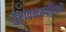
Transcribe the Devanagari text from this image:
पुरावनस्पतिज्ञों